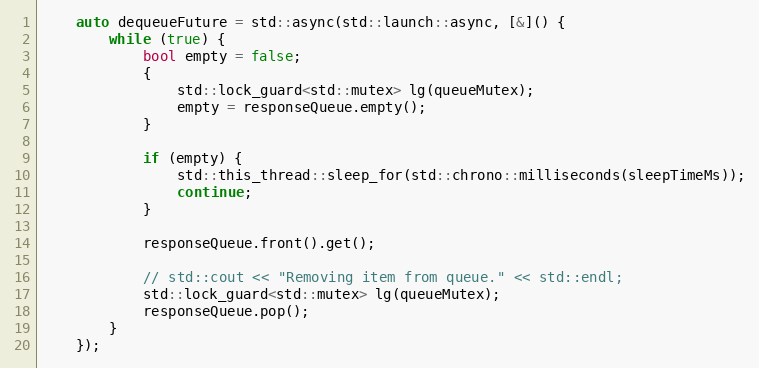
Language: C++
    auto dequeueFuture = std::async(std::launch::async, [&]() {
        while (true) {
            bool empty = false;
            {
                std::lock_guard<std::mutex> lg(queueMutex);
                empty = responseQueue.empty();
            }

            if (empty) {
                std::this_thread::sleep_for(std::chrono::milliseconds(sleepTimeMs));
                continue;
            }

            responseQueue.front().get();

            // std::cout << "Removing item from queue." << std::endl;
            std::lock_guard<std::mutex> lg(queueMutex);
            responseQueue.pop();
        }
    });